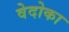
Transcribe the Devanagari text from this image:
वेदोका